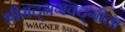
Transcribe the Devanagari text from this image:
श्रीमद्‍भगवद्‍गीता